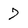
Character: 7